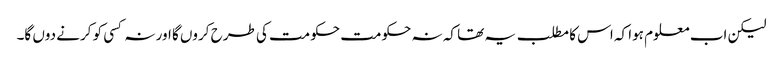
لیکن اب معلوم ہوا کہ اس کا مطلب یہ تھا کہ نہ حکومت حکومت کی طرح کروں گا اور نہ کسی کو کرنے دوں گا۔